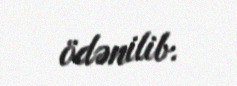
ödənilib.